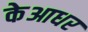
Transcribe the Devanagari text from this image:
केआधर